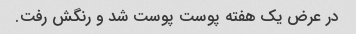
در عرض یک هفته پوست پوست شد و رنگش رفت.